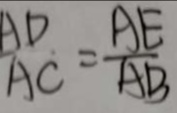
\therefore \frac { A D } { A C } = \frac { A E } { A B }